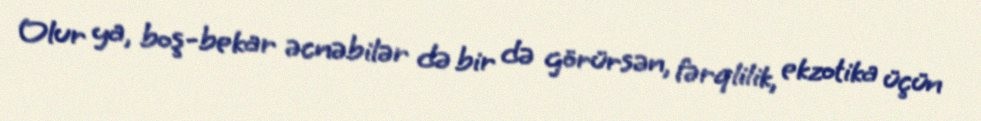
Olur ya, boş-bekar əcnəbilər də bir də görürsən, fərqlilik, ekzotika üçün